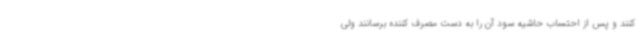
کنند و پس از احتساب حاشیه سود آن را به دست مصرف کننده برسانند ولی